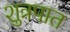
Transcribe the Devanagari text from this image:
शुत्रपात